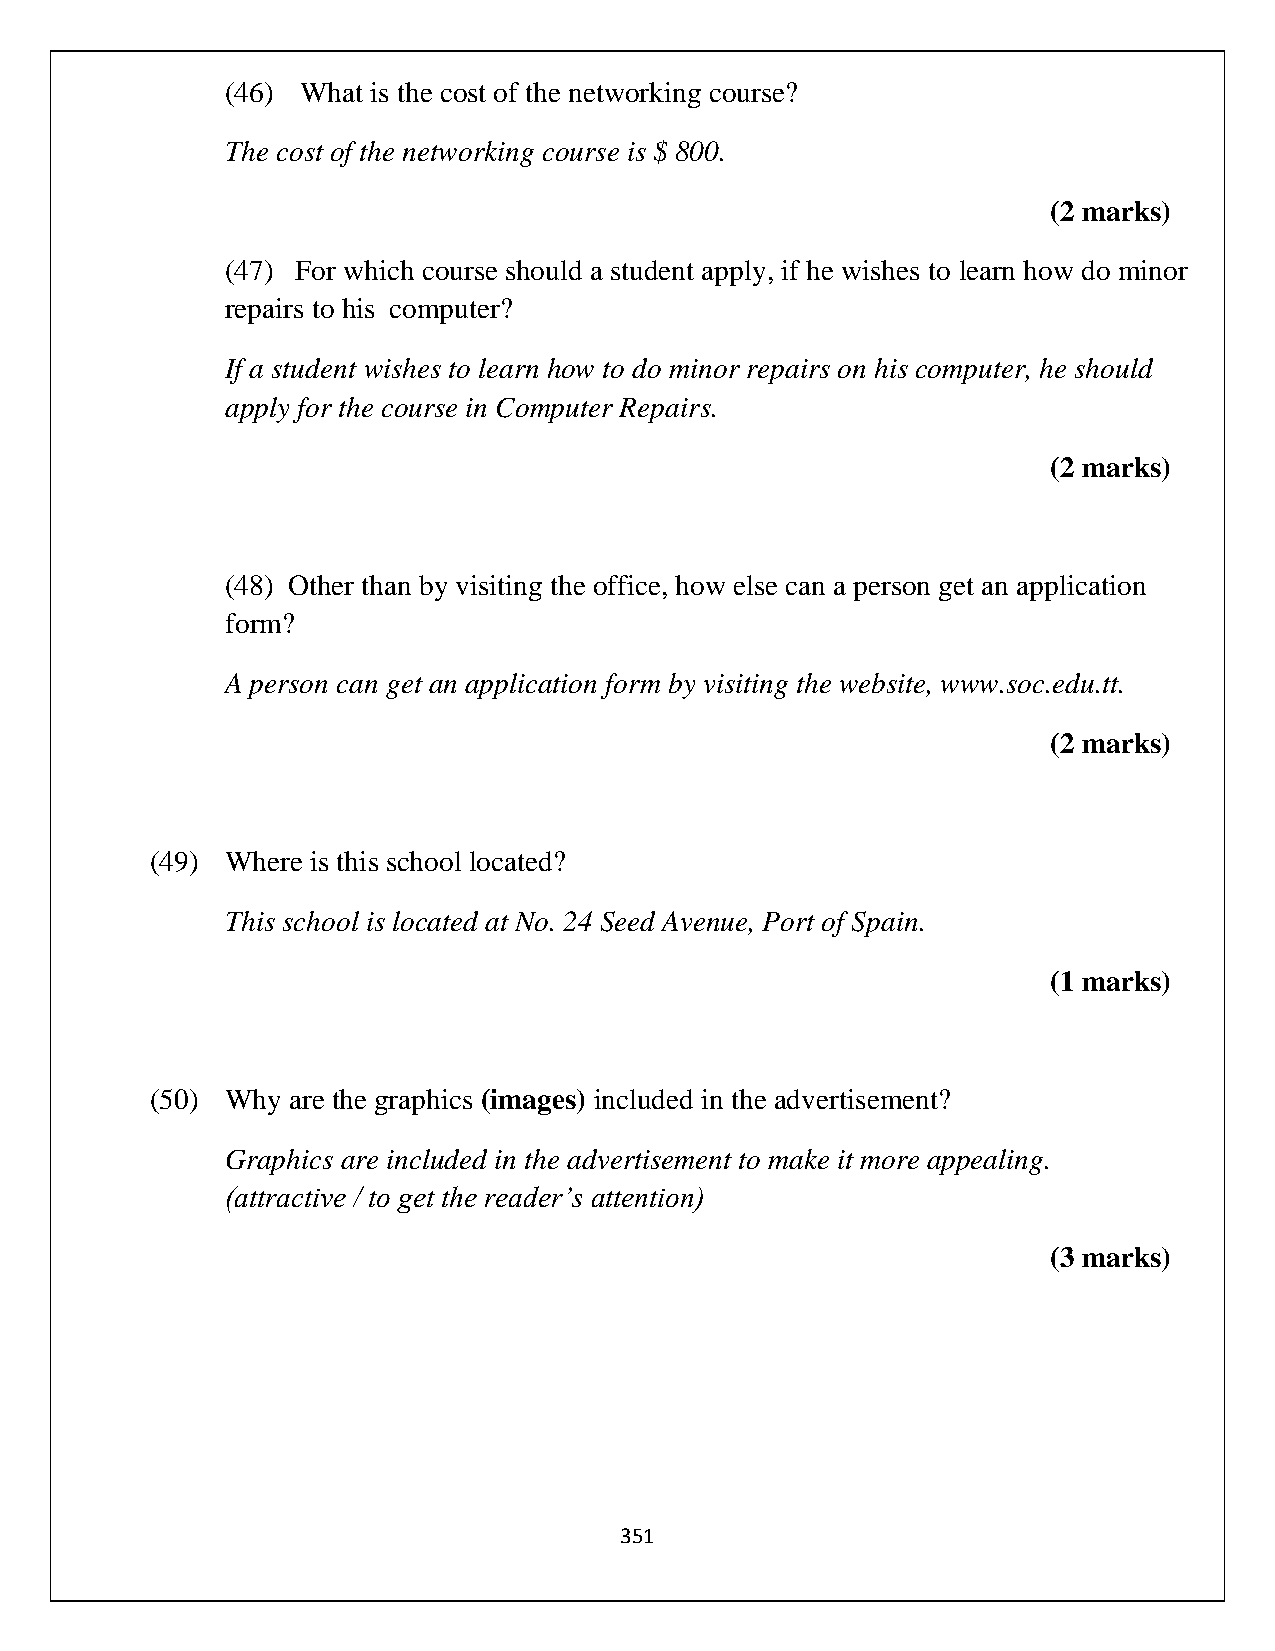
(46) What is the cost of the networking course?
 The cost of the networking course is $ 800.
 (2 marks)
 (47) For which course should a student apply, if he wishes to learn how do minor
 repairs to his computer?
 If a student wishes to learn how to do minor repairs on his computer, he should
 apply for the course in Computer Repairs.
 (2 marks)
 (48) Other than by visiting the office, how else can a person get an application
 form?
 A person can get an application form by visiting the website, www.soc.edu.tt.
 (2 marks)
 (49) Where is this school located?
 This school is located at No. 24 Seed Avenue, Port of Spain.
 (1 marks)
 (50) Why are the graphics (images) included in the advertisement?
 Graphics are included in the advertisement to make it more appealing.
 (attractive / to get the reader’s attention)
 (3 marks)
 351